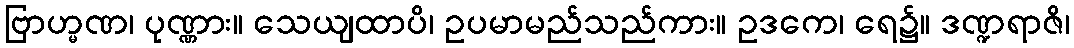
ဗြာဟ္မဏ၊ ပုဏ္ဏား။ သေယျထာပိ၊ ဥပမာမည်သည်ကား။ ဥဒကေ၊ ရေ၌။ ဒဏ္ဍရာဇိ၊